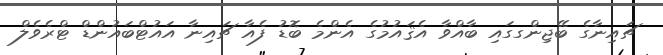
ޗައިނާގެ ބޭޖިންގގައި ބާއްވާ އެޤައުމުގެ އެންމެ ބޮޑު ފެއާ ޗައިނާ އައުޓްބައުންޑް ޓްރެވެލް